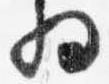
将